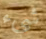
شيء